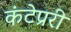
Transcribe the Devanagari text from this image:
कंटेप्ररी